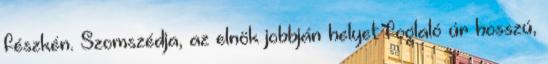
fészkén. Szomszédja, az elnök jobbján helyet foglaló úr hosszú,